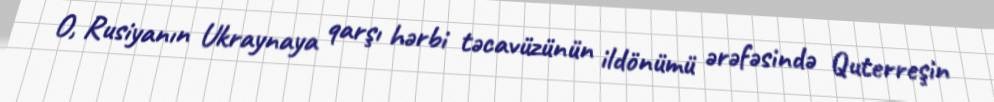
O, Rusiyanın Ukraynaya qarşı hərbi təcavüzünün ildönümü ərəfəsində Quterreşin